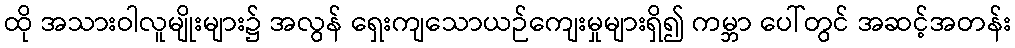
ထို အသားဝါလူမျိုးများ၌ အလွန် ရှေးကျသောယဉ်ကျေးမှုများရှိ၍ ကမ္ဘာ ပေါ်တွင် အဆင့်အတန်း